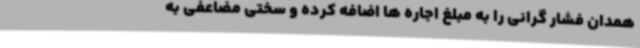
همدان فشار گرانی را به مبلغ اجاره ها اضافه کرده و سختی مضاعفی به